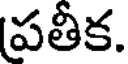
పతీక.